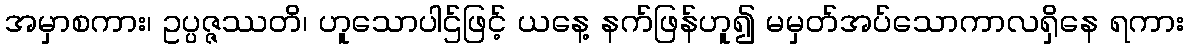
အမှာစကား၊ ဥပ္ပဇ္ဇဿတိ၊ ဟူသောပါဌ်ဖြင့် ယနေ့ နက်ဖြန်ဟူ၍ မမှတ်အပ်သောကာလရှိနေ ရကား